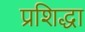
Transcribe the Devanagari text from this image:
प्रशिद्धा